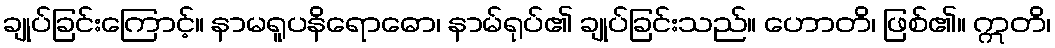
ချုပ်ခြင်းကြောင့်။ နာမရူပနိရောဓော၊ နာမ်ရုပ်၏ ချုပ်ခြင်းသည်။ ဟောတိ၊ ဖြစ်၏။ ဣတိ၊